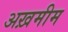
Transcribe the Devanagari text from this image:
अख़मीम